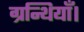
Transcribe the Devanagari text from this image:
ग्रन्थियाँ।